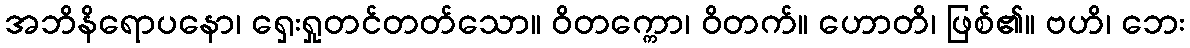
အဘိနိရောပနော၊ ရှေးရှုတင်တတ်သော။ ဝိတက္ကော၊ ဝိတက်။ ဟောတိ၊ ဖြစ်၏။ ဗဟိ၊ ဘေး